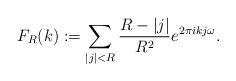
LaTeX: \begin{align*}F_R(k):=\sum_{|j|<R}\frac{R-|j|}{R^2}e^{2\pi { i}kj\omega}.\end{align*}